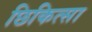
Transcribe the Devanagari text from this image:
छिकित्सा